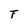
Character: T